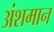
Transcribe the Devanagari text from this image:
अंशमान